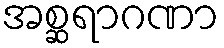
အစ္ဆရာဂဏာ